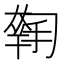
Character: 𡙳